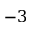
- 3